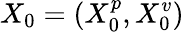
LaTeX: X_{0}=(X_{0}^{p},X_{0}^{v})